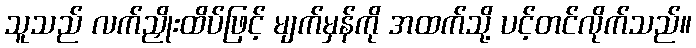
သူသည် လက်ညှိုးထိပ်ဖြင့် မျက်မှန်ကို အထက်သို့ ပင့်တင်လိုက်သည်။